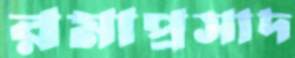
রমাপ্রসাদ